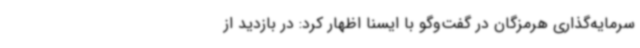
سرمایه‌گذاری هرمزگان در گفت‌وگو با ایسنا اظهار کرد: در بازدید از